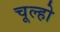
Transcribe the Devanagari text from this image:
चूल्हो